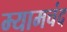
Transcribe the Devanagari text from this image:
म्यामचंद